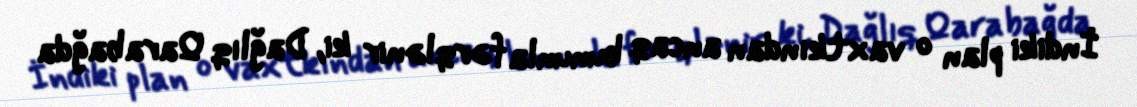
İndiki plan o vaxtkından ancaq bununla fərqlənir ki, Dağlıq Qarabağda